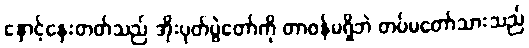
နှောင့်နှေးတတ်သည် အိုးပုတ်ပွဲတော်ကို တာဝန်မရှိဘဲ တပ်မတော်သားသည်